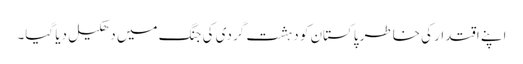
اپنے اقتدار کی خاطر پاکستان کو دہشت گردی کی جنگ میں دھکیل دیا گیا۔